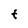
Character: t